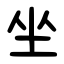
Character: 坐